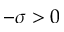
- \sigma > 0